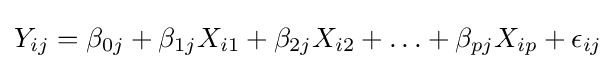
Y_{ij}=\beta _{0j}+\beta _{1j}X_{i1}+\beta _{2j}X_{i2}+\ldots +\beta _{pj}X_{ip}+\epsilon _{ij}